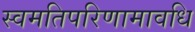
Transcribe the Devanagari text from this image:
स्वमतिपरिणामावधि